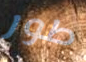
طور